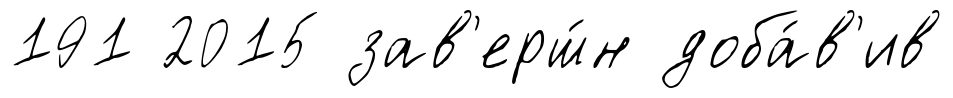
191 2015 зав'ерш́н доба́в'ив